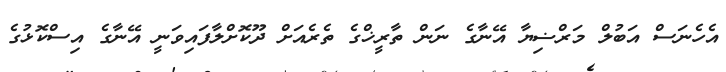
އެހެނަސް އަބުލް މަރްޟިޔާ އޭނާގެ ނަން ތާރީޚްގެ ތެރެއަށް ދޫކޮށްލާފައިވަނީ އޭނާގެ އިސްކޮޅުގެ